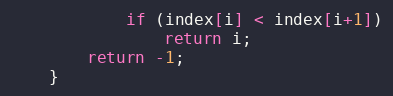
Language: Java
			if (index[i] < index[i+1])
				return i;
		return -1;
	}